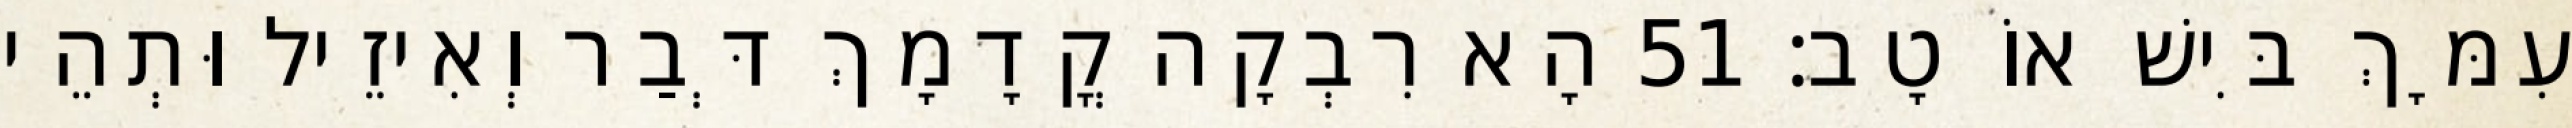
עִמָּךְ בִּישׁ אוֹ טָב׃ 51 הָא רִבְקָה קֳדָמָךְ דְּבַר וְאִיזֵיל וּתְהֵי